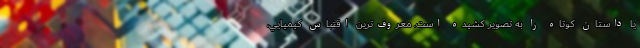
يا داستان کوتاه را به تصوير کشيده است. معروف‌ترين اقتباس کيميايي،